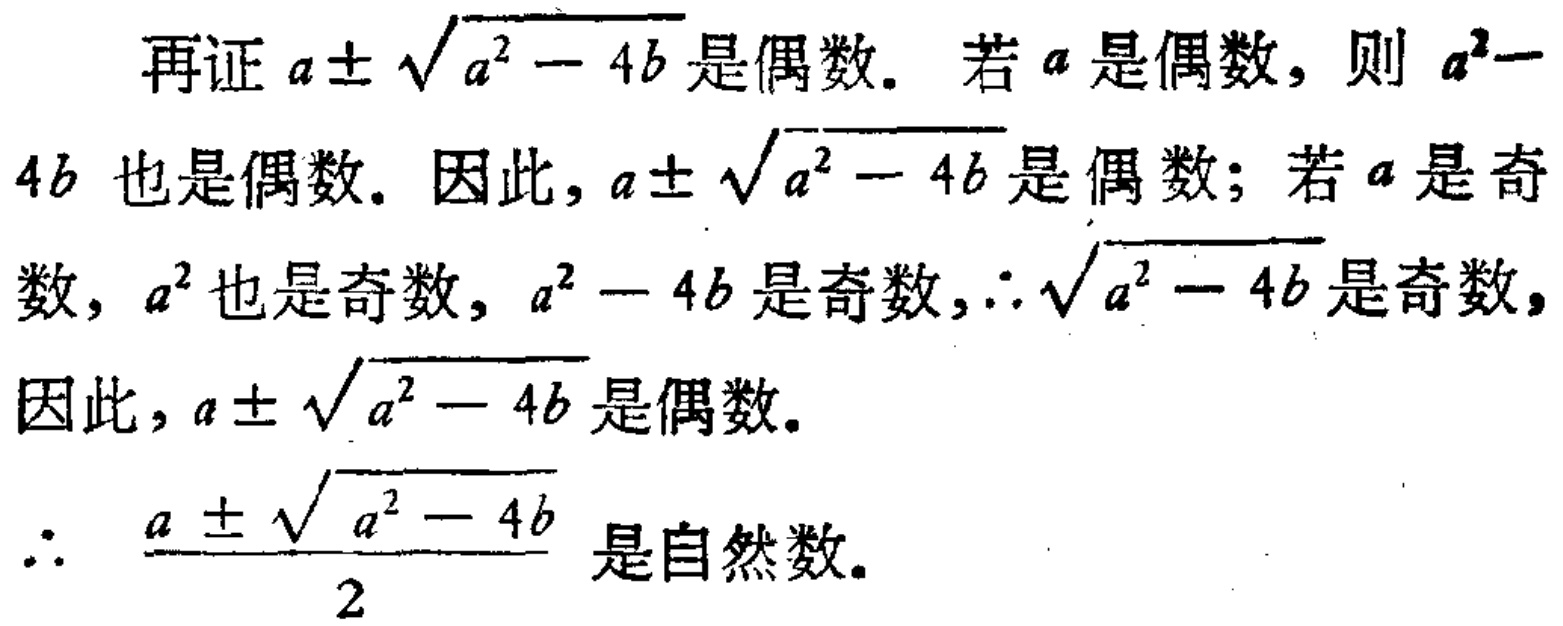
再证 \(a\pm\sqrt{a^{2}-4b}\) 是偶数. 若 \(a\) 是偶数，则 \(a^{2}-4b\) 也是偶数. 因此, \(a\pm\sqrt{a^{2}-4b}\) 是偶数; 若 \(a\) 是奇数, \(a^{2}\) 也是奇数, \(a^{2}-4b\) 是奇数, \(\therefore\sqrt{a^{2}-4b}\) 是奇数, 因此, \(a\pm\sqrt{a^{2}-4b}\) 是偶数.
\(\therefore\) \(\frac{a\pm\sqrt{a^{2}-4b}}{2}\) 是自然数.